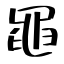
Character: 黽